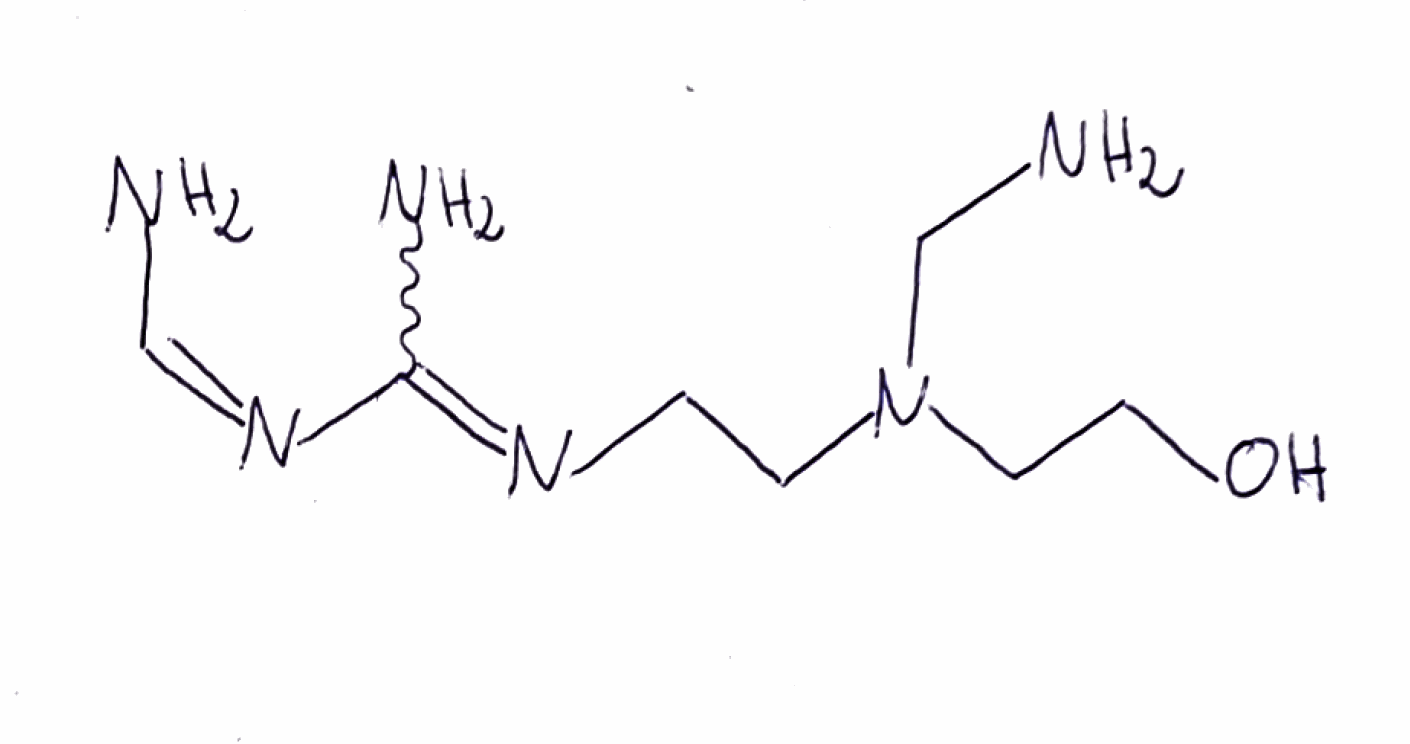
Simplified molecular-input line-entry system (SMILES) notation of the given molecule:
C(CN(CCO)CN)N=C(N)/N=C\N